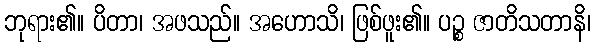
ဘုရား၏။ ပိတာ၊ အဖသည်။ အဟောသိ၊ ဖြစ်ဖူး၏။ ပဉ္စ ဇာတိသတာနိ၊